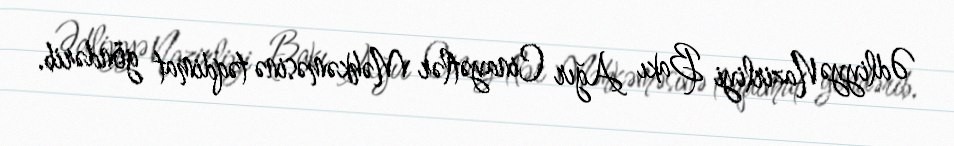
Ədliyyə Nazirliyi Bakı Ağır Cinayətlər Məhkəməsinə təqdimat göndərib.